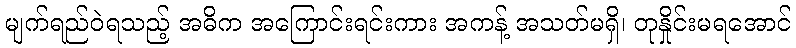
မျက်ရည်ဝဲရသည့် အဓိက အကြောင်းရင်းကား အကန့် အသတ်မရှိ၊ တုနှိုင်းမရအောင်